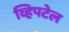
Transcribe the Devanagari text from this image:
व्हिपटेल